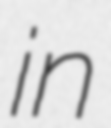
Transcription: in